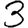
Digit: 3